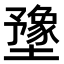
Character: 𫮻